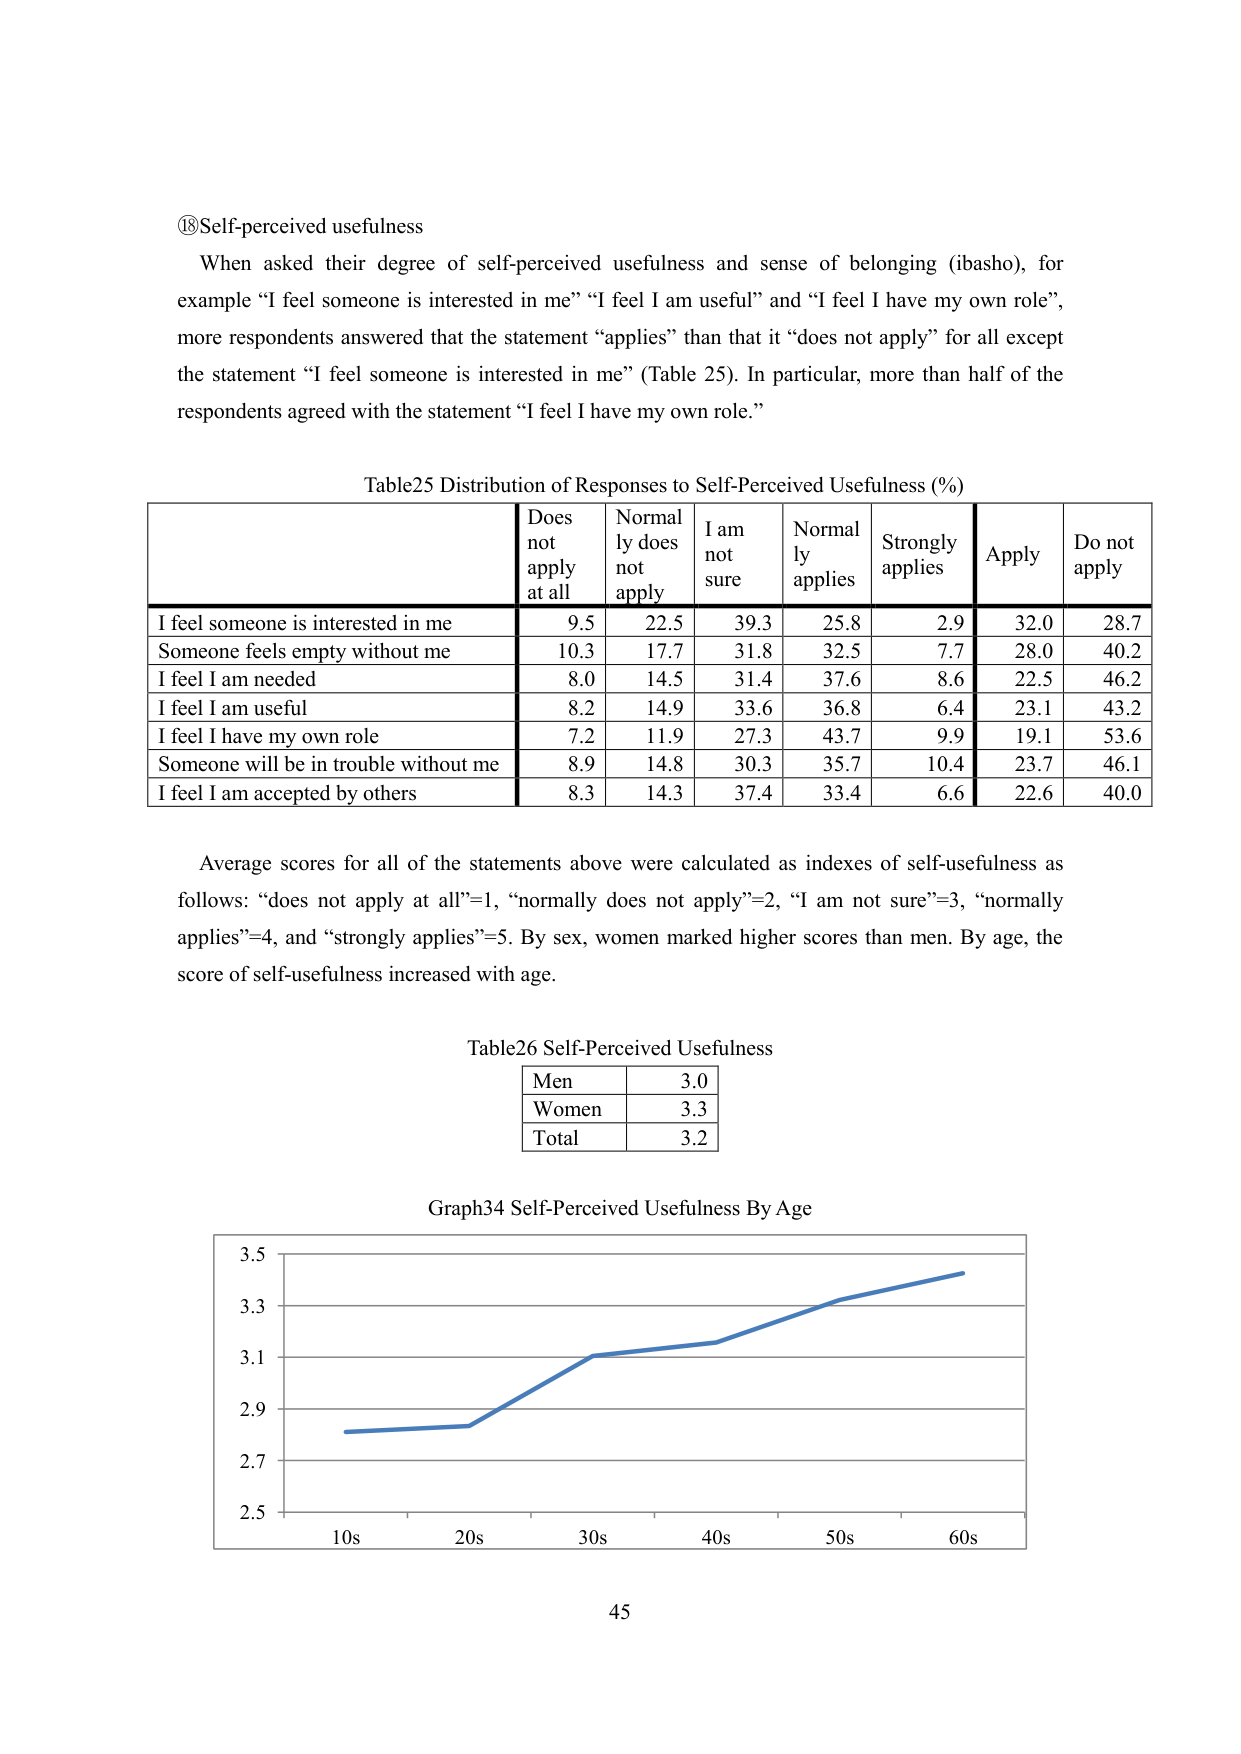
⑱Self-perceived usefulness
When asked their degree of self-perceived usefulness and sense of belonging (ibasho), for example “I feel someone is interested in me” “I feel I am useful” and “I feel I have my own role”, more respondents answered that the statement “applies” than that it “does not apply” for all except the statement “I feel someone is interested in me” (Table 25). In particular, more than half of the respondents agreed with the statement “I feel I have my own role.”

Table25 Distribution of Responses to Self-Perceived Usefulness (%)
| | Does not apply at all | Normally does not apply | I am not sure | Normally applies | Strongly applies | Apply | Do not apply |
|---|---|---|---|---|---|---|---|
| I feel someone is interested in me | 9.5 | 22.5 | 39.3 | 25.8 | 2.9 | 32.0 | 28.7 |
| Someone feels empty without me | 10.3 | 17.7 | 31.8 | 32.5 | 7.7 | 28.0 | 40.2 |
| I feel I am needed | 8.0 | 14.5 | 31.4 | 37.6 | 8.6 | 22.5 | 46.2 |
| I feel I am useful | 8.2 | 14.9 | 33.6 | 36.8 | 6.4 | 23.1 | 43.2 |
| I feel I have my own role | 7.2 | 11.9 | 27.3 | 43.7 | 9.9 | 19.1 | 53.6 |
| Someone will be in trouble without me | 8.9 | 14.8 | 30.3 | 35.7 | 10.4 | 23.7 | 46.1 |
| I feel I am accepted by others | 8.3 | 14.3 | 37.4 | 33.4 | 6.6 | 22.6 | 40.0 |

Average scores for all of the statements above were calculated as indexes of self-usefulness as follows: “does not apply at all”=1, “normally does not apply”=2, “I am not sure”=3, “normally applies”=4, and “strongly applies”=5. By sex, women marked higher scores than men. By age, the score of self-usefulness increased with age.

Table26 Self-Perceived Usefulness
| Men | 3.0 |
| Women | 3.3 |
| Total | 3.2 |

Graph34 Self-Perceived Usefulness By Age
[Line graph with x-axis labeled 10s, 20s, 30s, 40s, 50s, 60s and y-axis labeled 2.5, 2.7, 2.9, 3.1, 3.3, 3.5. The line starts at approximately 2.8 in the 10s, rises slightly to 2.8 in the 20s, then increases steadily to about 3.4 in the 60s.]

45